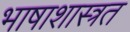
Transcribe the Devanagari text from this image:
भाषाशास्त्रत